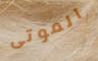
الموتى